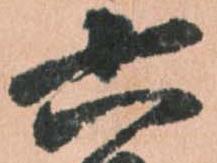
六